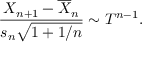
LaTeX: { \frac { X _ { n + 1 } - { \overline { { X } } } _ { n } } { s _ { n } { \sqrt { 1 + 1 / n } } } } \sim T ^ { n - 1 } .